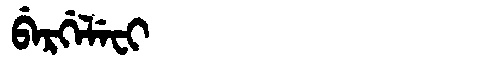
Manchu: ᠪᡝᡵᡤᡝᠯᡝᠸᡳ
Romanization: BERGELEFI